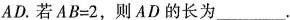
AD。若AB=2，则AD的长为___。